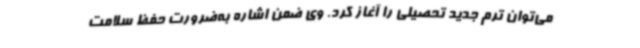
می‌توان ترم جدید تحصیلی را آغاز کرد. وی ضمن اشاره به‌ضرورت حفظ سلامت